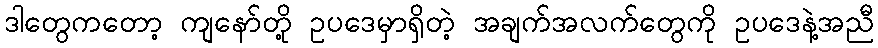
ဒါတွေကတော့ ကျနော်တို့ ဥပဒေမှာရှိတဲ့ အချက်အလက်တွေကို ဥပဒေနဲ့အညီ